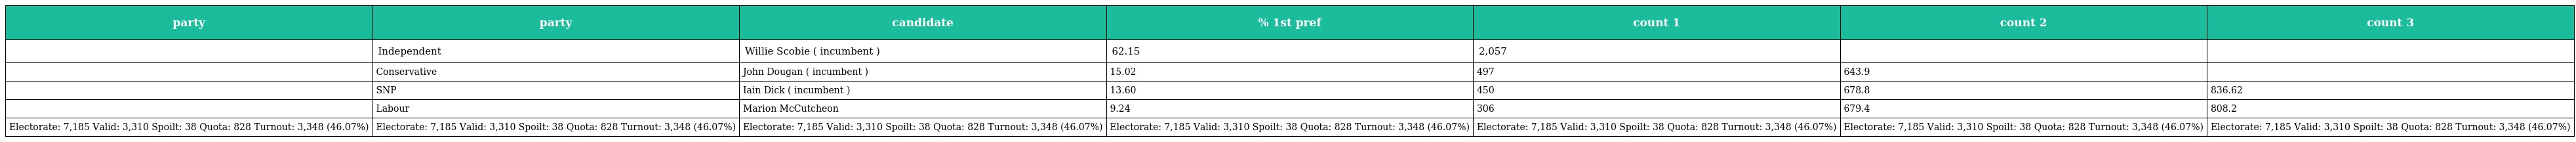
| party | party | candidate | % 1st pref | count 1 | count 2 | count 3 |
 | --- | --- | --- | --- | --- | --- | --- |
 |  | Independent | Willie Scobie ( incumbent ) | 62.15 | 2,057 |  |  |
 |  | Conservative | John Dougan ( incumbent ) | 15.02 | 497 | 643.9 |  |
 |  | SNP | Iain Dick ( incumbent ) | 13.60 | 450 | 678.8 | 836.62 |
 |  | Labour | Marion McCutcheon | 9.24 | 306 | 679.4 | 808.2 |
 | Electorate: 7,185 Valid: 3,310 Spoilt: 38 Quota: 828 Turnout: 3,348 (46.07%) | Electorate: 7,185 Valid: 3,310 Spoilt: 38 Quota: 828 Turnout: 3,348 (46.07%) | Electorate: 7,185 Valid: 3,310 Spoilt: 38 Quota: 828 Turnout: 3,348 (46.07%) | Electorate: 7,185 Valid: 3,310 Spoilt: 38 Quota: 828 Turnout: 3,348 (46.07%) | Electorate: 7,185 Valid: 3,310 Spoilt: 38 Quota: 828 Turnout: 3,348 (46.07%) | Electorate: 7,185 Valid: 3,310 Spoilt: 38 Quota: 828 Turnout: 3,348 (46.07%) | Electorate: 7,185 Valid: 3,310 Spoilt: 38 Quota: 828 Turnout: 3,348 (46.07%) |